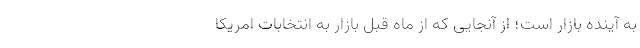
به آینده بازار است؛ از آنجایی که از ماه قبل بازار به انتخابات امریکا